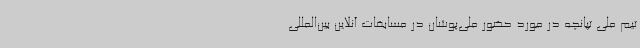
تیم ملی تپانچه در مورد حضور ملی‌پوشان در مسابقات آنلاین بین‌المللی